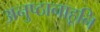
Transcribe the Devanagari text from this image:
अनुष्ठानाहूनि